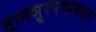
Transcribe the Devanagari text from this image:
दानशूरपणाबद्दल